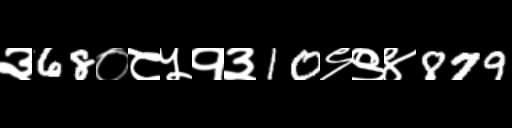
Text: ३68०८५१३10९९४879